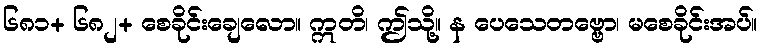
၆၈၁+ ၆၈၂+ စေခိုင်းချေလော။ ဣတိ၊ ဤသို့။ န ပေသေတဗ္ဗော၊ မစေခိုင်းအပ်။